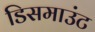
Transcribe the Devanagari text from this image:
डिसमाउंट